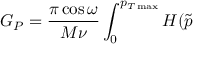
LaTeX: G _ { P } = \frac { \pi \cos \omega } { M \nu } \int _ { 0 } ^ { p _ { T \operatorname * { m a x } } } H ( \tilde { p }